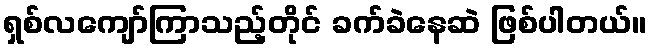
ရှစ်လကျော်ကြာသည့်တိုင် ခက်ခဲနေဆဲ ဖြစ်ပါတယ်။